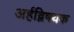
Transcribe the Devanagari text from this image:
अर्हद्विषयक